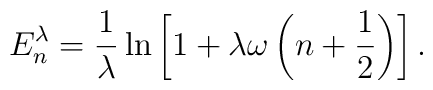
E^\lambda_n = {1\over\lambda}\ln \left[ 1+\lambda\omega\left(n+{1\over 2}\right) \right].